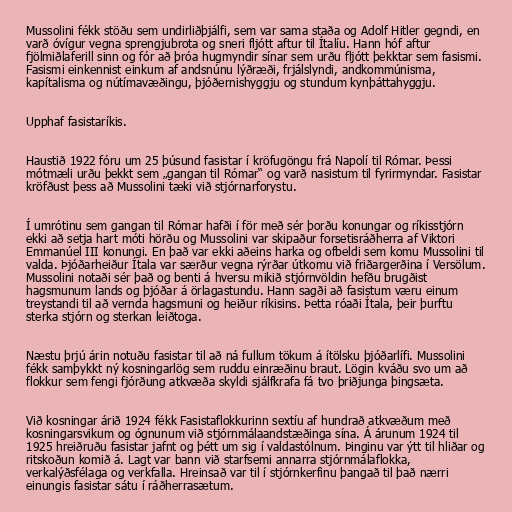
Mussolini fékk stöðu sem undirliðþjálfi, sem var sama staða og Adolf Hitler gegndi, en
varð óvígur vegna sprengjubrota og sneri fljótt aftur til Ítalíu. Hann hóf aftur
fjölmiðlaferill sinn og fór að þróa hugmyndir sínar sem urðu fljótt þekktar sem fasismi.
Fasismi einkennist einkum af andsnúnu lýðræði, frjálslyndi, andkommúnisma,
kapítalisma og nútímavæðingu, þjóðernishyggju og stundum kynþáttahyggju.

Upphaf fasistaríkis.

Haustið 1922 fóru um 25 þúsund fasistar í kröfugöngu frá Napolí til Rómar. Þessi
mótmæli urðu þekkt sem „gangan til Rómar“ og varð nasistum til fyrirmyndar. Fasistar
kröfðust þess að Mussolini tæki við stjórnarforystu.

Í umrótinu sem gangan til Rómar hafði í för með sér þorðu konungar og ríkisstjórn
ekki að setja hart móti hörðu og Mussolini var skipaður forsetisráðherra af Viktori
Emmanúel III konungi. En það var ekki aðeins harka og ofbeldi sem komu Mussolini til
valda. Þjóðarheiður Ítala var særður vegna rýrðar útkomu við friðargerðina í Versölum.
Mussolini notaði sér það og benti á hversu mikið stjórnvöldin hefðu brugðist
hagsmunum lands og þjóðar á örlagastundu. Hann sagði að fasistum væru einum
treystandi til að vernda hagsmuni og heiður ríkisins. Þetta róaði Ítala, þeir þurftu
sterka stjórn og sterkan leiðtoga.

Næstu þrjú árin notuðu fasistar til að ná fullum tökum á ítölsku þjóðarlífi. Mussolini
fékk samþykkt ný kosningarlög sem ruddu einræðinu braut. Lögin kváðu svo um að
flokkur sem fengi fjórðung atkvæða skyldi sjálfkrafa fá tvo þriðjunga þingsæta.

Við kosningar árið 1924 fékk Fasistaflokkurinn sextíu af hundrað atkvæðum með
kosningarsvikum og ógnunum við stjórnmálaandstæðinga sína. Á árunum 1924 til
1925 hreiðruðu fasistar jafnt og þétt um sig í valdastólnum. Þinginu var ýtt til hliðar og
ritskoðun komið á. Lagt var bann við starfsemi annarra stjórnmálaflokka,
verkalýðsfélaga og verkfalla. Hreinsað var til í stjórnkerfinu þangað til það nærri
einungis fasistar sátu í ráðherrasætum.